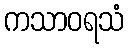
ကသာဝရသံ